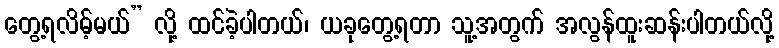
တွေ့ရလိမ့်မယ်” လို့ ထင်ခဲ့ပါတယ်၊ ယခုတွေ့ရတာ သူ့အတွက် အလွန်ထူးဆန်းပါတယ်လို့